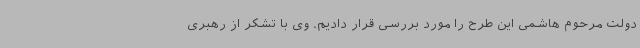
دولت مرحوم هاشمی این طرح را مورد بررسی قرار دادیم. وی با تشکر از رهبری